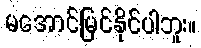
မအောင်မြင်နိုင်ပါဘူး။